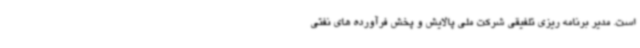
است. ‌مدیر برنامه ریزی تلفیقی شرکت ملی پالایش و پخش فرآورده های نفتی